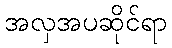
အလှအပဆိုင်ရာ